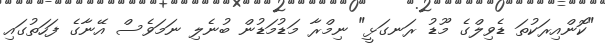
"ކޮންއިރަކުތަ ޑެވިލްގެ މޫޑު ރަނގަޅީ" ނިމްރާ މަޑުމަޑުން ބުނެލި ނަމަވެސް އޭނާގެ ފަހަތުގައި